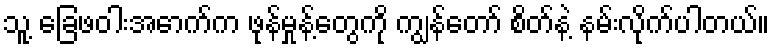
သူ့ ခြေဖဝါးအောက်က ဖုန်မှုန့်တွေကို ကျွန်တော် စိတ်နဲ့ နမ်းလိုက်ပါတယ်။